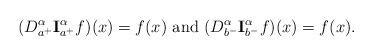
LaTeX: \begin{align*}(D_{a^+}^{\alpha} {\bf I}_{a^+}^{\alpha}f)(x)=f(x) \ \textrm{and} \ (D _{b^-}^{\alpha} {\bf I}_{b^-}^{\alpha} f)(x) = f(x).\end{align*}